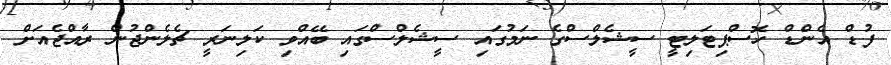
ފުޑް އެންޑް ހޮސްޕިޓަލިޓީ ސީޝެލްސްގެ ނަމުގައި ސީޝެލްސްގައި ބޭއްވި ކަލިނަރީ ޗެލެންޖުން ރާއްޖެއަށް